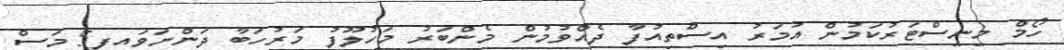
ހޯމް މިނިސްޓަރުކަމުން އުމަރު އިސްތިއުފާ ދެއްވުމުން މެންބަރު މަހުލޫފު މަރުހަބާ ދަންނަވައިފި5 މަސް